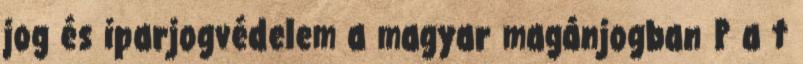
jog és iparjogvédelem a magyar magánjogban P a t